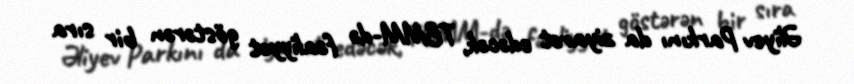
Əliyev Parkını da ziyarət edəcək, TBMM-də fəaliyyət göstərən bir sıra